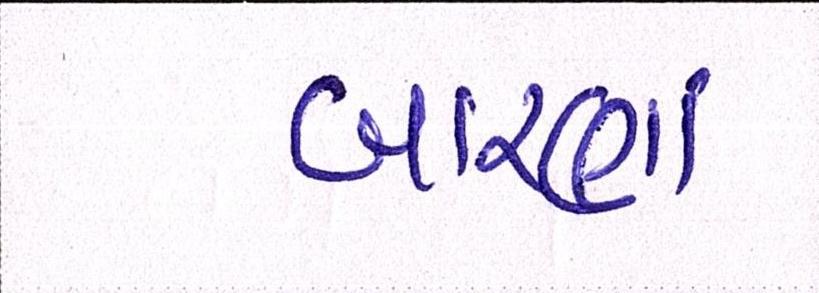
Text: બારણાં